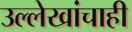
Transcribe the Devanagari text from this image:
उल्लेखांचाही